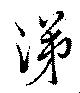
涕